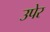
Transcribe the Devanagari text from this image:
उपेर